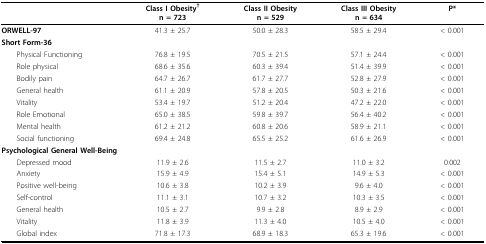
<table><thead><tr><td></td><td><b>Class I Obesity<sup>†</sup>n = 723</b></td><td><b>Class II Obesityn = 529</b></td><td><b>Class III Obesityn = 634</b></td><td><b>P*</b></td></tr></thead><tbody><tr><td><b>ORWELL-97</b></td><td>41.3 ± 25.7</td><td>50.0 ± 28.3</td><td>58.5 ± 29.4</td><td>&lt; 0.001</td></tr><tr><td><b>Short Form-36</b></td><td></td><td></td><td></td><td></td></tr><tr><td> Physical Functioning</td><td>76.8 ± 19.5</td><td>70.5 ± 21.5</td><td>57.1 ± 24.4</td><td>&lt; 0.001</td></tr><tr><td> Role physical</td><td>68.6 ± 35.6</td><td>60.3 ± 39.4</td><td>51.4 ± 39.9</td><td>&lt; 0.001</td></tr><tr><td> Bodily pain</td><td>64.7 ± 26.7</td><td>61.7 ± 27.7</td><td>52.8 ± 27.9</td><td>&lt; 0.001</td></tr><tr><td> General health</td><td>61.1 ± 20.9</td><td>57.8 ± 20.5</td><td>50.3 ± 21.6</td><td>&lt; 0.001</td></tr><tr><td> Vitality</td><td>53.4 ± 19.7</td><td>51.2 ± 20.4</td><td>47.2 ± 22.0</td><td>&lt; 0.001</td></tr><tr><td> Role Emotional</td><td>65.0 ± 38.5</td><td>59.8 ± 39.7</td><td>56.4 ± 40.2</td><td>&lt; 0.001</td></tr><tr><td> Mental health</td><td>61.2 ± 21.2</td><td>60.8 ± 20.6</td><td>58.9 ± 21.1</td><td>&lt; 0.001</td></tr><tr><td> Social functioning</td><td>69.4 ± 24.8</td><td>65.5 ± 25.2</td><td>61.6 ± 26.9</td><td>&lt; 0.001</td></tr><tr><td colspan="2"><b>Psychological General Well-Being</b></td><td></td><td></td><td></td></tr><tr><td> Depressed mood</td><td>11.9 ± 2.6</td><td>11.5 ± 2.7</td><td>11.0 ± 3.2</td><td>0.002</td></tr><tr><td> Anxiety</td><td>15.9 ± 4.9</td><td>15.4 ± 5.1</td><td>14.9 ± 5.3</td><td>&lt; 0.001</td></tr><tr><td> Positive well-being</td><td>10.6 ± 3.8</td><td>10.2 ± 3.9</td><td>9.6 ± 4.0</td><td>&lt; 0.001</td></tr><tr><td> Self-control</td><td>11.1 ± 3.1</td><td>10.7 ± 3.2</td><td>10.3 ± 3.5</td><td>&lt; 0.001</td></tr><tr><td> General health</td><td>10.5 ± 2.7</td><td>9.9 ± 2.8</td><td>8.9 ± 2.9</td><td>&lt; 0.001</td></tr><tr><td> Vitality</td><td>11.8 ± 3.9</td><td>11.3 ± 4.0</td><td>10.5 ± 4.0</td><td>&lt; 0.001</td></tr><tr><td> Global index</td><td>71.8 ± 17.3</td><td>68.9 ± 18.3</td><td>65.3 ± 19.6</td><td>&lt; 0.001</td></tr></tbody></table>